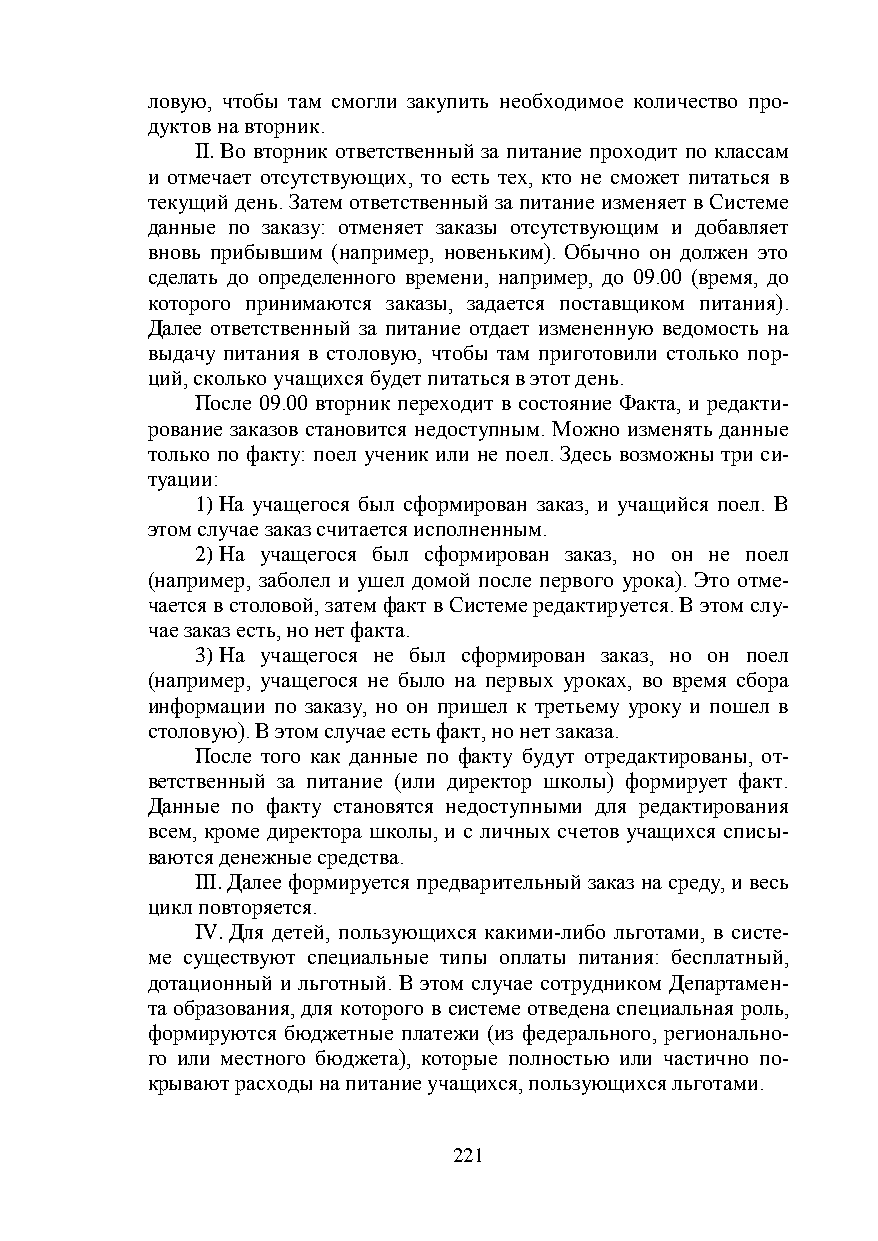
ловую, чтобы там смогли закупить необходимое количество про-
 дуктов на вторник.
 II. Во вторник ответственный за питание проходит по классам
 и отмечает отсутствующих, то есть тех, кто не сможет питаться в
 текущий день. Затем ответственный за питание изменяет в Системе
 данные по заказу: отменяет заказы отсутствующим и добавляет
 вновь прибывшим (например, новеньким). Обычно он должен это
 сделать до определенного времени, например, до 09.00 (время, до
 которого принимаются заказы, задается поставщиком питания).
 Далее ответственный за питание отдает измененную ведомость на
 выдачу питания в столовую, чтобы там приготовили столько пор-
 ций, сколько учащихся будет питаться в этот день.
 После 09.00 вторник переходит в состояние Факта, и редакти-
 рование заказов становится недоступным. Можно изменять данные
 только по факту: поел ученик или не поел. Здесь возможны три си-
 туации:
 1) На учащегося был сформирован заказ, и учащийся поел. В
 этом случае заказ считается исполненным.
 2) На учащегося был сформирован заказ, но он не поел
 (например, заболел и ушел домой после первого урока). Это отме-
 чается в столовой, затем факт в Системе редактируется. В этом слу-
 чае заказ есть, но нет факта.
 3) На учащегося не был сформирован заказ, но он поел
 (например, учащегося не было на первых уроках, во время сбора
 информации по заказу, но он пришел к третьему уроку и пошел в
 столовую). В этом случае есть факт, но нет заказа.
 После того как данные по факту будут отредактированы, от-
 ветственный за питание (или директор школы) формирует факт.
 Данные по факту становятся недоступными для редактирования
 всем, кроме директора школы, и с личных счетов учащихся списы-
 ваются денежные средства.
 III. Далее формируется предварительный заказ на среду, и весь
 цикл повторяется.
 IV. Для детей, пользующихся какими-либо льготами, в систе-
 ме существуют специальные типы оплаты питания: бесплатный,
 дотационный и льготный. В этом случае сотрудником Департамен-
 та образования, для которого в системе отведена специальная роль,
 формируются бюджетные платежи (из федерального, регионально-
 го или местного бюджета), которые полностью или частично по-
 крывают расходы на питание учащихся, пользующихся льготами.
 221